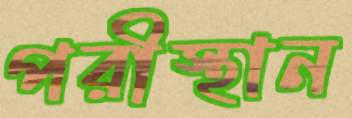
পরীস্থান